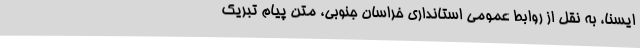
ایسنا، به نقل از روابط عمومی استانداری خراسان جنوبی، متن پیام تبریک